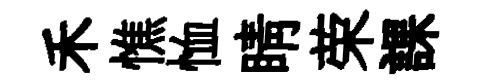
禾憔恤睛荣課